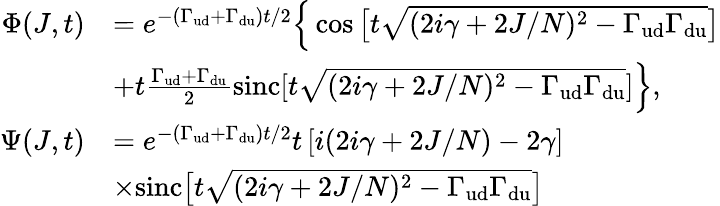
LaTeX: \begin{array}{rl}{\Phi(J,t)}&{=e^{-\left(\Gamma_{\mathrm{ud}}+\Gamma_{\mathrm{du}}\right)t/2}\Big\{ \cos\big[t\sqrt{(2i\gamma+2J/N)^{2}-\Gamma_{\mathrm{ud}}\Gamma_{\mathrm{du}}}\big]}\\ &{+t\frac{\Gamma_{\mathrm{ud}}+\Gamma_{\mathrm{du}}}{2}\mathrm{sinc}[t\sqrt{(2i\gamma+2J/N)^{2}-\Gamma_{\mathrm{ud}}\Gamma_{\mathrm{du}}}]\Big\} ,}\\ {\Psi(J,t)}&{=e^{-\left(\Gamma_{\mathrm{ud}}+\Gamma_{\mathrm{du}}\right)t/2}t\left[i(2i\gamma+2J/N)-2\gamma\right]}\\ &{\times\mathrm{sinc}\big[t\sqrt{(2i\gamma+2J/N)^{2}-\Gamma_{\mathrm{ud}}\Gamma_{\mathrm{du}}}\big]}\end{array}